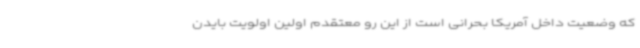
که وضعیت داخل آمریکا بحرانی است از این رو معتقدم اولین اولویت بایدن